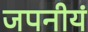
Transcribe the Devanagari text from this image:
जपनीयं